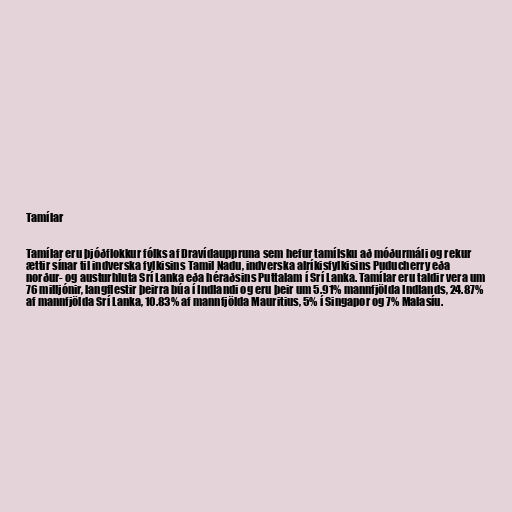
Tamílar

Tamílar eru þjóðflokkur fólks af Dravídauppruna sem hefur tamílsku að móðurmáli og rekur
ættir sínar til indverska fylkisins Tamil Nadu, indverska alríkisfylkisins Puducherry eða
norður- og austurhluta Srí Lanka eða héraðsins Puttalam í Srí Lanka. Tamílar eru taldir vera um
76 milljónir, langflestir þeirra búa í Indlandi og eru þeir um 5.91% mannfjölda Indlands, 24.87%
af mannfjölda Srí Lanka, 10.83% af mannfjölda Mauritius, 5% í Singapor og 7% Malasíu.